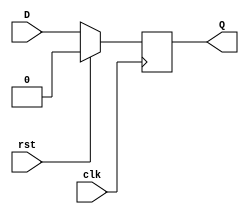
`timescale 1ns / 1ps
//////////////////////////////////////////////////////////////////////////////////
// Company: 
// Engineer: 
// 
// Design Name: 
// Module Name:    dff 
// Project Name: 
// Target Devices: 
// Tool versions: 
// Description: 
//
// Dependencies: 
//
// Revision: 
// Revision 0.01 - File Created
// Additional Comments: 
//
//////////////////////////////////////////////////////////////////////////////////
module DFF(Q, D, clk, rst);
	input D, clk, rst;
	output reg Q;
	always @ (posedge clk) begin
		if(rst) begin
			Q <= 1'b0;
		end
		else begin
			Q <= D;
		end
	end
endmodule